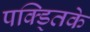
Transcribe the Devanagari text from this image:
पक्ड्तिके